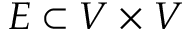
E \subset V \times V